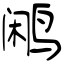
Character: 鹇